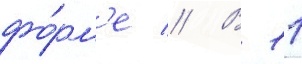
фо́рм'е // В 11